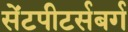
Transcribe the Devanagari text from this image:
सेंटपीटर्सबर्ग